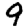
Digit: 9